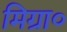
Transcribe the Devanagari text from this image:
मिग्रा०